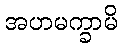
အဟမက္ခာမိ